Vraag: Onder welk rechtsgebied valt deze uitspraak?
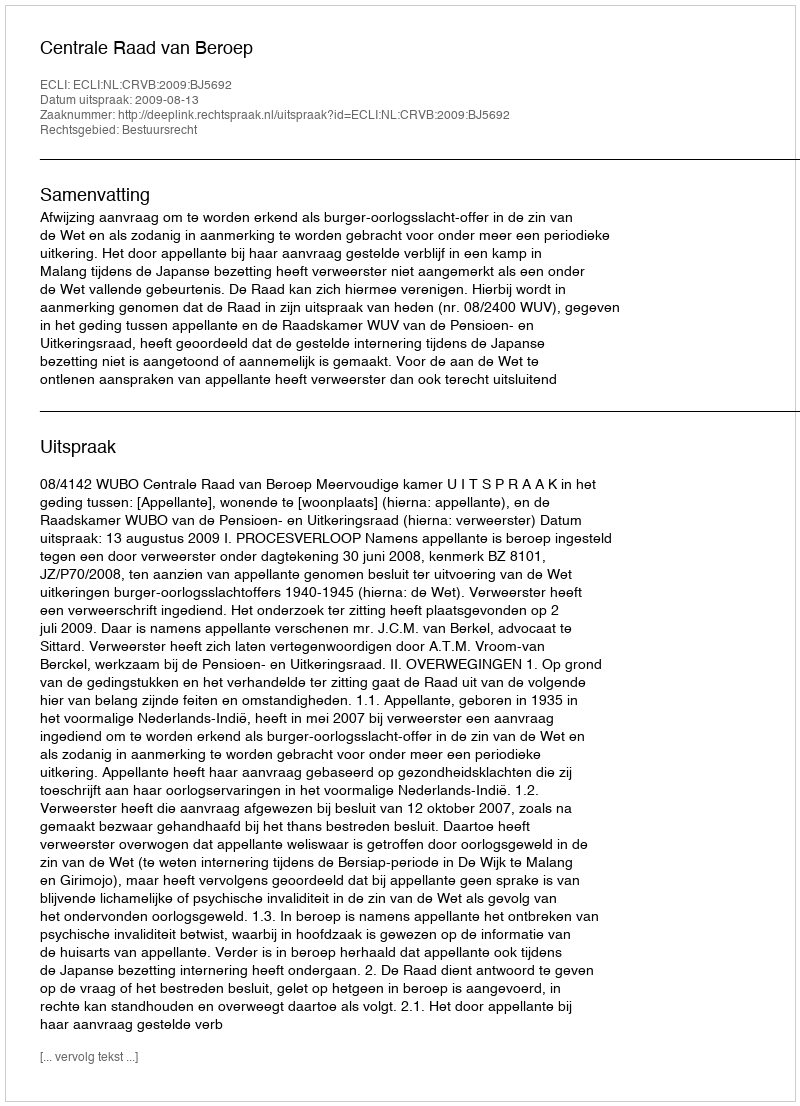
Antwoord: Bestuursrecht